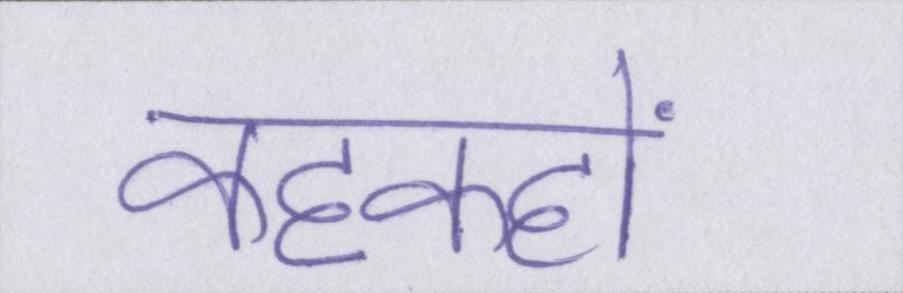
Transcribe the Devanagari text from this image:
कहकहों